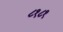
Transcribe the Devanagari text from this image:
८१८१